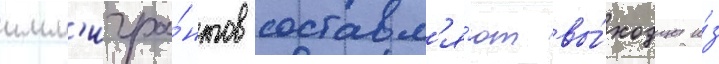
имм'игра́нтов составл'я́ют вы́ходцы и́з